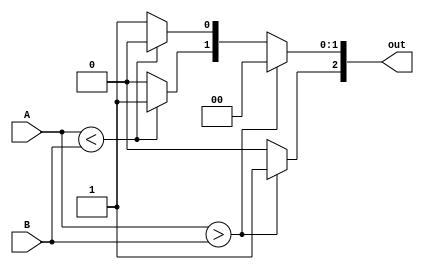
// behavioural
// for signed comparison use (input signed [3:0] A, input signed [3:0] B)
module comparator_beh(output reg [2:0] out, input [3:0] A, input [3:0] B);
always @(A or B)
begin
    out=0;
    if(A>B) out[2]=1;
    else if (A<B) out[1]=1;
    else out[0]=1;
end
endmodule


// dataflow
module comparator_df(output [2:0] out, input [3:0] a, input [3:0] b);
assign out = a>b?3'b100:a<b?3'b010:3'b001;
endmodule


// gate-level
module comparator_gl(output [2:0] out, input [3:0] a, input [3:0] b);
wire [0:4] w[0:3];
wire [0:6] f;

not(w[0][0],a[3]);
not(w[0][1],b[3]);
and(w[0][2],w[0][0],b[3]);
and(w[0][3],w[0][1],a[3]);
nor(w[0][4],w[0][2],w[0][3]);

not(w[1][0],a[2]);
not(w[1][1],b[2]);
and(w[1][2],w[1][0],b[2]);
and(w[1][3],w[1][1],a[2]);
nor(w[1][4],w[1][2],w[1][3]);

not(w[2][0],a[1]);
not(w[2][1],b[1]);
and(w[2][2],w[2][0],b[1]);
and(w[2][3],w[2][1],a[1]);
nor(w[2][4],w[2][2],w[2][3]);

not(w[3][0],a[0]);
not(w[3][1],b[0]);
and(w[3][2],w[3][0],b[0]);
and(w[3][3],w[3][1],a[0]);
nor(w[3][4],w[3][2],w[3][3]);

and(f[0],w[0][4],w[1][2]);
and(f[1],w[0][4],w[1][3]);
and(f[2],w[0][4],w[1][4],w[2][2]);
and(f[3],w[0][4],w[1][4],w[2][3]);
and(f[4],w[0][4],w[1][4],w[2][4],w[3][2]);
and(f[5],w[0][4],w[1][4],w[2][4],w[3][3]);
and(f[6],w[0][4],w[1][4],w[2][4],w[3][4]);

or(out[1],w[0][2],f[0],f[2],f[4]);
or(out[2],w[0][3],f[1],f[3],f[5]);
or(out[0],f[6],0);
endmodule


// testbench
module comparator_tb;
reg [3:0] A;
reg [3:0] B;
wire [2:0] out;

comparator_beh c1(out,A,B);

initial
begin
    A = 4'b1111;
    B = 4'b0000;
    #10 A = 4'b0100;
    #10 B = 4'b0100;
    #20 $finish;
end

initial
begin
$dumpfile("test.vcd");
$dumpvars(0,comparator_tb);
$monitor("A : %b, B : %b, result : %b", A, B, out);
end
endmodule